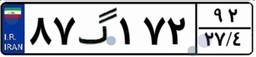
۸۷گ۱۷۲۹۲